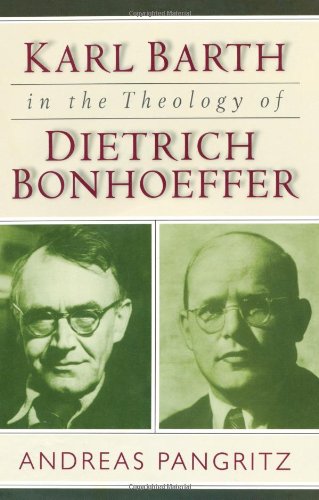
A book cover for Karl Barth in the Theology of Dietrich Bonhoeffer; Andreas Pangritz; Christian Books & Bibles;